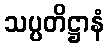
သပ္ပတိဋ္ဌာနံ